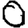
Digit: 0